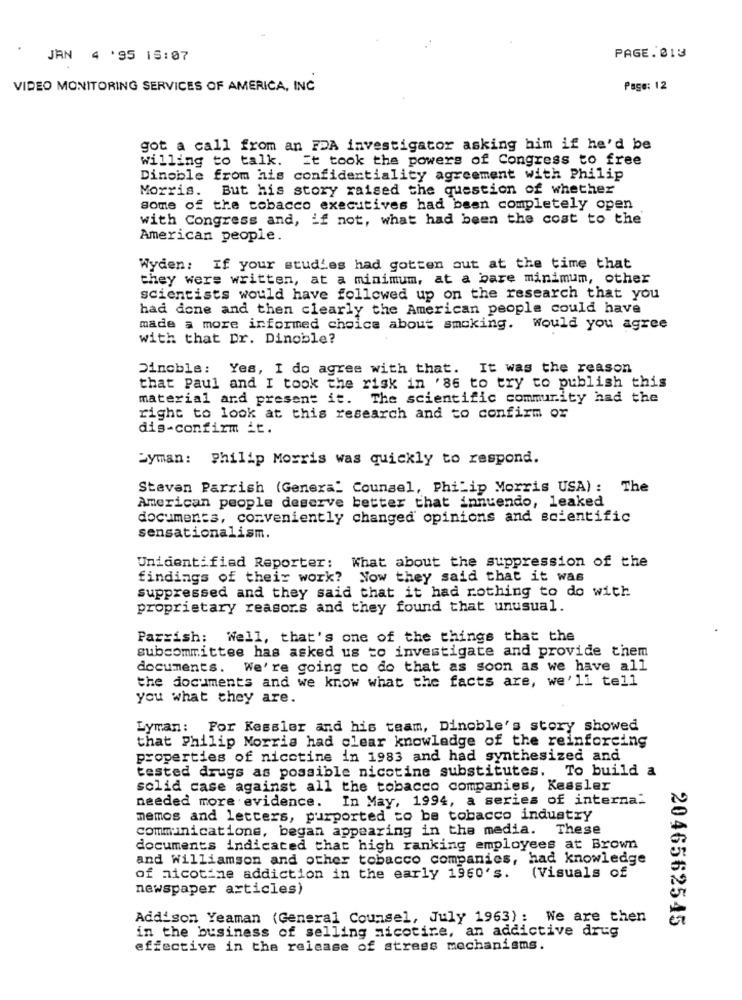
JAN 4 '95 15:07
PAGE. 013
VIDEO MONITORING SERVICES OF AMERICA, INC
Page: 12
got a call from an FDA investigator asking him if he'd be
willing to talk.
It took the powers of Congress to free
Dinoble from his confidentiality agreement with Philip
Morris. But his story raised the question of whether
some of the tobacco executives had been completely open
with Congress and, if not, what had been the coat to the
American people.
Wyden: If your studies had gotten out at the time that
they were written, at a minimum, at a bare minimum, other
scientists would have followed up on the research that you
had done and then clearly the American people could have
made a more informed choice about smoking.
Would you agree
with that Dr. Dinoble?
Dinoble: Yes, I do agree with that. It was the reason
that Paul and I took the risk in '86 to try to publish this
material and present it. The scientific community had the
right to look at this research and to confirm or
dis-confirm it.
byman: Philip Morris was quickly to respond.
Steven Parrish (General Counsel, Philip Morris USA) : The
American people deserve better that innuendo, leaked
documents, conveniently changed opinions and scientific
sensationalism.
Unidentified Reporter: What about the suppression of the
findings of their work? Now they said that it was
suppressed and they said that it had rothing to do with
proprietary reasons and they found that unusual.
Parrish: Well, that's one of the things that the
subcommittee has asked us to investigate and provide them
documents. We're going to do that as soon as we have all
the documents and we know what the facts are, we'll tell
you what they are.
Lyman: For Kessler and his team, Dinoble's story showed
that Philip Morris had clear knowledge of the reinforcing
properties of nicotine in 1983 and had synthesized and
tested drugs as possible nicotine substitutes. To build a
solid case against all the tobacco companies, Kessler
needed more evidence. In May, 1994, a series of interna"
memos and letters, purported to be tobacco industry
communications, began appearing in the media. These
documents indicated that high ranking employees at Brown
and Williamson and other tobacco companies, had knowledge
of nicotine addiction in the early 1960's. (Visuals of
newspaper articles
Addison Yeaman (General Counsel, July 1963): We are then
in the business of selling nicotine, an addictive drug
2046562545
effective in the release of stress mechanisms.